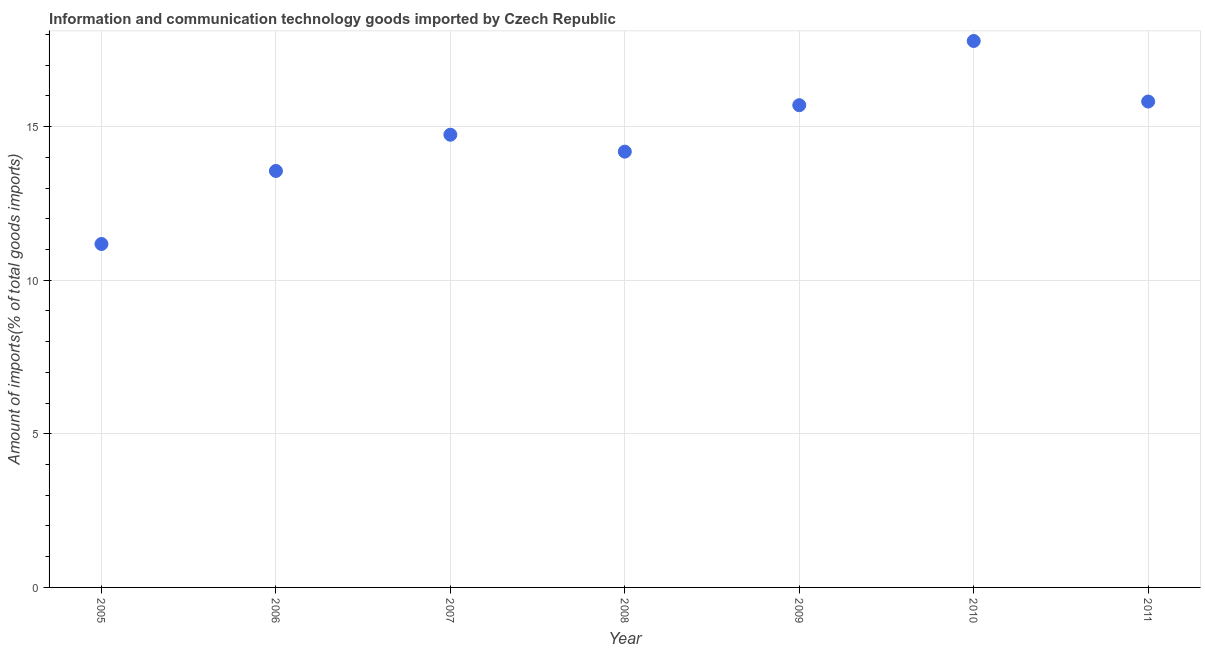
| Year | ICT goods imports |
 | --- | --- |
 | 2005 | 11.2 |
 | 2006 | 13.6 |
 | 2007 | 14.7 |
 | 2008 | 14.2 |
 | 2009 | 15.7 |
 | 2010 | 17.8 |
 | 2011 | 15.8 |